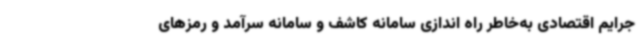
جرایم اقتصادی به‌خاطر راه اندازی سامانه کاشف و سامانه سرآمد و رمزهای